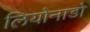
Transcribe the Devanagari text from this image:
लियोनाडो